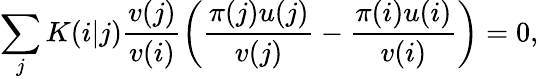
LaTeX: \sum_{j}K(i|j)\frac{v(j)}{v(i)}\left(\frac{\pi(j)u(j)}{v(j)}-\frac{\pi(i)u(i)}{v(i)}\right)=0,